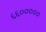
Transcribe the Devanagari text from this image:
६६०००००